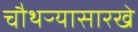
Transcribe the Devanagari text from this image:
चौथऱ्यासारखे